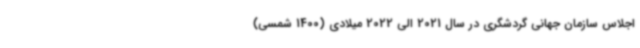
اجلاس سازمان جهانی گردشگری در سال 2021 الی 2022 میلادی (1400 شمسی)